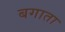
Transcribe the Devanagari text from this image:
बगाता